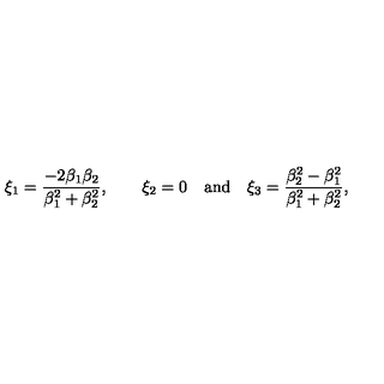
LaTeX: \xi _ { 1 } = \frac { - 2 \beta _ { 1 } \beta _ { 2 } } { \beta _ { 1 } ^ { 2 } + \beta _ { 2 } ^ { 2 } } , \qquad \xi _ { 2 } = 0 \quad \mathrm { a n d \quad } \xi _ { 3 } = \frac { \beta _ { 2 } ^ { 2 } - \beta _ { 1 } ^ { 2 } } { \beta _ { 1 } ^ { 2 } + \beta _ { 2 } ^ { 2 } } ,